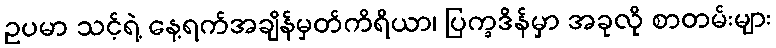
ဥပမာ သင့်ရဲ့ နေ့ရက်အချိန်မှတ်ကိရိယာ၊ ပြက္ခဒိန်မှာ အခုလို စာတမ်းများ